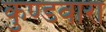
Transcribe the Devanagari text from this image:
कुण्डवारा